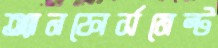
অ্যানফোর্সমেন্ট